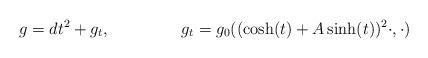
LaTeX: \begin{align*}g=dt^2+ g_t,&& g_t=g_0((\cosh(t)+A\sinh(t))^2\cdot,\cdot)\end{align*}